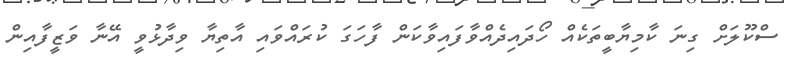
ސްކޫލަށް ގިނަ ކާމިޔާބީތަކެއް ހޯދައިދެއްވާފައިވާކަން ފާހަގަ ކުރައްވައި އާތިޔާ ވިދާޅުވީ އޭނާ ވަޒީފާއިން